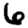
Digit: 6